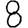
Digit: 8